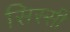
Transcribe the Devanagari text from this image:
सिस्सी